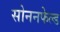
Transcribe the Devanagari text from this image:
सोननफेल्ड